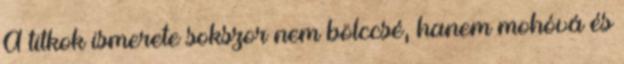
A titkok ismerete sokszor nem böl­ccsé, hanem mohóvá és